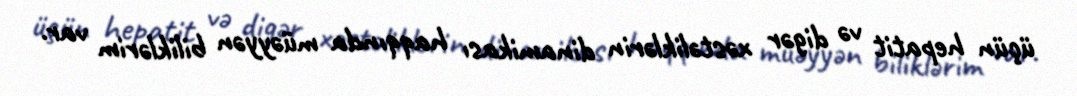
üçün hepatit və digər xəstəliklərin dinamikası haqqında müəyyən biliklərim var.